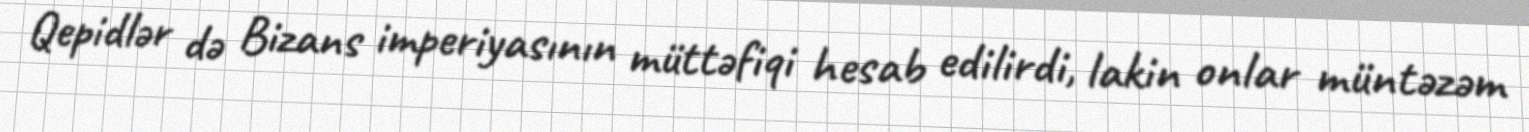
Qepidlər də Bizans imperiyasının müttəfiqi hesab edilirdi, lakin onlar müntəzəm